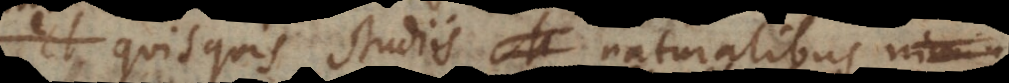
quisquis studiis naturalibus ni